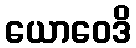
ယောဝေဒိ